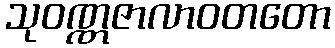
သုဝဏ္ဏဇာလာဝတတော